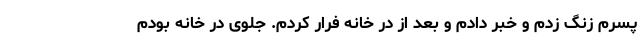
پسرم زنگ زدم و خبر دادم و بعد از در خانه فرار کردم. جلوی در خانه بودم